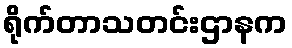
ရိုက်တာသတင်းဌာနက